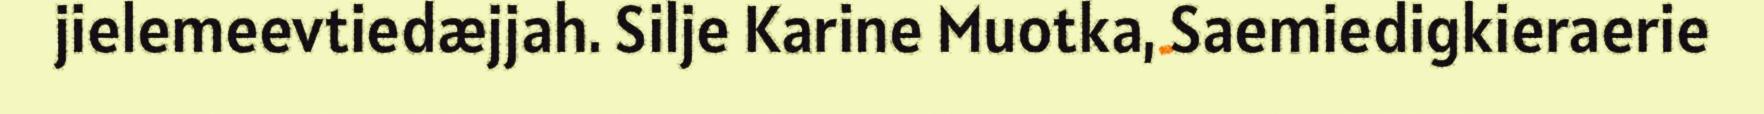
jielemeevtiedæjjah. Silje Karine Muotka, Saemiedigkieraerie